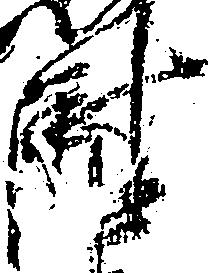
尉